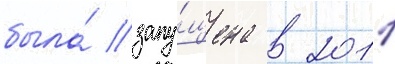
была́ запу́щена в 2011